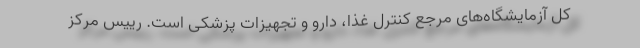
کل آزمایشگاه‌‌های مرجع کنترل غذا، دارو و تجهیزات پزشکی است. رییس مرکز